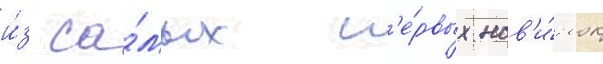
и́з са́мых п'е́рвых нов'и́нок